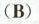
(B)